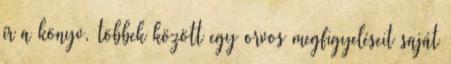
ír a könyv, többek között egy orvos megfigyeléseit saját